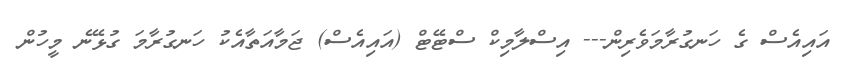
އައިއެސް ގެ ހަނގުރާމަވެރިން--- އިސްލާމިކް ސްޓޭޓް (އައިއެސް) ޖަމާއަތާއެކު ހަނގުރާމަ ގުޅޭނެ މީހުން